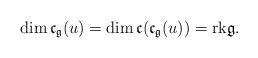
LaTeX: \begin{align*}\dim\mathfrak{c}_\mathfrak{g}(u)=\dim\mathfrak{c}(\mathfrak{c}_\mathfrak{g}(u))=\mathrm{rk}\mathfrak{g}.\end{align*}